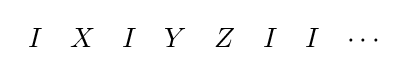
{\begin{array}{cccccccc}I&X&I&Y&Z&I&I&\cdots \end{array}}